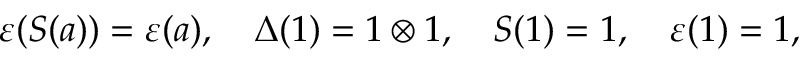
\varepsilon ( S ( a ) ) = \varepsilon ( a ) , ~ ~ ~ \Delta ( 1 ) = 1 \otimes 1 , ~ ~ ~ S ( 1 ) = 1 , ~ ~ ~ \varepsilon ( 1 ) = 1 ,